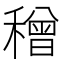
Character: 𥢥